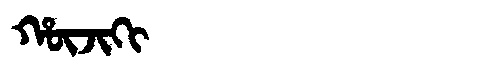
Manchu: ᡥᡡᠵᡳᡴᡳ
Romanization: HŪJIKI